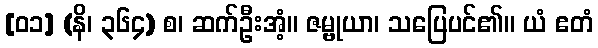
[၀၁] (နိ၊ ၃၆၄) စ၊ ဆက်ဦးအံ့။ ဇမ္ဗုယာ၊ သပြေပင်၏။ ယံ ဧတံ